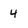
Character: 4